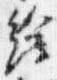
絵